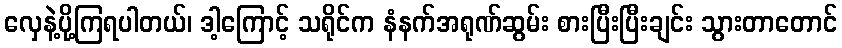
လှေနဲ့ပို့ကြရပါတယ်၊ ဒါ့ကြောင့် သရိုင်က နံနက်အရုဏ်ဆွမ်း စားပြီးပြီးချင်း သွားတာတောင်